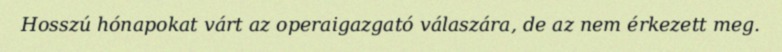
Hosszú hónapokat várt az operaigazgató válaszára, de az nem érkezett meg.